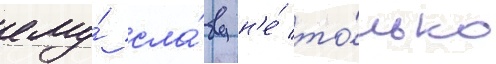
ему́ сла́ву н'е́ то́лько